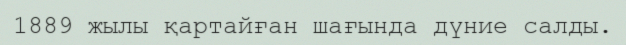
1889 жылы қартайған шағында дүние салды.